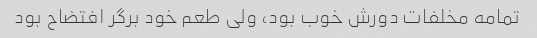
تمامه مخلفات دورش خوب بود، ولی طعم خود برگر افتضاح بود